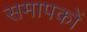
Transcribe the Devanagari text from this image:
समापकों